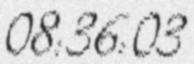
08:36:03